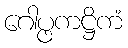
ဂေါပ္ဖကဋ္ဌိကံ